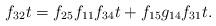
LaTeX: \begin{align*}f_{32}t &= f_{25}f_{11}f_{34}t + f_{15}g_{14}f_{31}t. \end{align*}